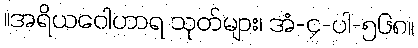
။အရိယဝေါဟာရ သုတ်များ၊ အံ-၄-ပါ-၅၆၈။